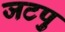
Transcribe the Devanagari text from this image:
जटपु